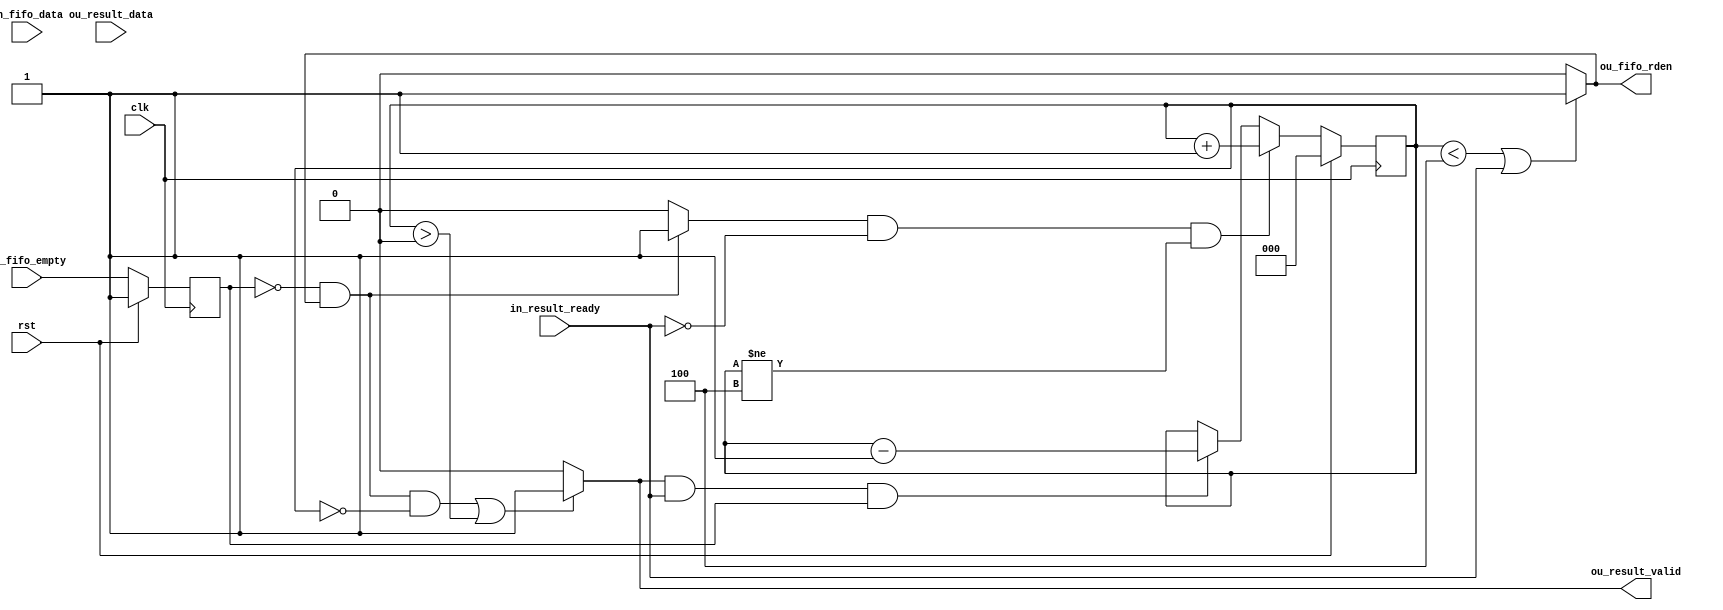
module fifo_reader #(parameter width=32, parameter num_buffs=3) (
    input   wire                clk,
    (* direct_reset = "true" *)  
    input   wire                rst,
    
    input   wire    [width-1:0] in_fifo_data,
    input   wire                in_fifo_empty,
    output  wire                ou_fifo_rden,

    input   wire    [width-1:0] ou_result_data,    
    input   wire                in_result_ready,
    output  wire                ou_result_valid
);  

    reg     [width - 1:0]   buff [num_buffs-1:0];       // Buffer
    (* direct_enable = "true" *)
    wire                    enable_buff;                // Buffer enable signal
    wire                    rd_en;                      // Enable reading when both ready and valid singal enable
    reg     [2:0]           Pntr;                       // Shift Register
    reg                     empty_flag;                 // Delay empty signal 1 clock

    assign rd_en = ou_result_valid & in_result_ready;

    always @(posedge clk) begin
        if (rst)
            empty_flag <= 1'b1;
        else
            empty_flag <= in_fifo_empty;
    end

    always @(negedge clk) begin
        if (rst)
            Pntr <= 'b0;
        else begin
            if (enable_buff == 1'b1 && in_result_ready == 1'b0 && Pntr != 3'd4)
                Pntr <= Pntr + 'b1;
            else if (rd_en && empty_flag == 1'b1)
                Pntr <= Pntr - 'b1;
        end
    end

    genvar reg_idx;
    generate
        for (reg_idx = 0; reg_idx < num_buffs; reg_idx = reg_idx + 1) begin
            always @(posedge clk) begin
                if (rst)
                    buff[reg_idx] <= 'b0;
                else if (enable_buff)
                    buff[reg_idx] <= (reg_idx != 0) ? buff[reg_idx-1] : in_fifo_data;
            end
        end
    endgenerate

    assign enable_buff      = (!empty_flag && ou_fifo_rden) ? 1'b1 : 1'b0;
    assign ou_fifo_rden     = (Pntr < 3'd4 || in_result_ready) ? 1'b1 : 1'b0;
    assign ou_result_valid  = ((ou_fifo_rden && !empty_flag && Pntr == 3'd0) || Pntr > 3'd0) ? 1'b1 : 1'b0;
    assign ou_result_data   = (rd_en) ? 
                                    (Pntr == 3'd0) ? in_fifo_data   :
                                    (Pntr == 3'd1) ? buff[0]        :
                                    (Pntr == 3'd2) ? buff[1]        :
                                                     buff[2]        :
                              {width-1{1'b0}};
endmodule